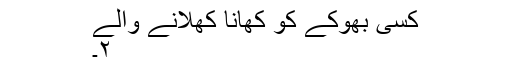
کسی بھوکے کو کھانا کھلانے والے
۲۔